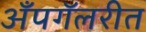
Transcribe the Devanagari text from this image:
अँपगॅलरीत